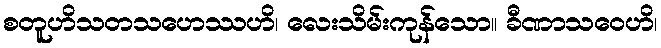
စတူဟိသတသဟေဿဟိ၊ လေးသိမ်းကုန်သော။ ခီဏာသဝေဟိ၊